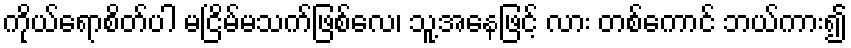
ကိုယ်ရောစိတ်ပါ မငြိမ်မသက်ဖြစ်လေ၊ သူ့အနေဖြင့် လား တစ်ကောင် ဘယ်ကား၍